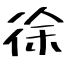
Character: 徐